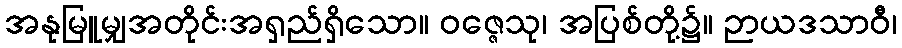
အနုမြူမျှအတိုင်းအရှည်ရှိသော။ ဝဇ္ဇေသု၊ အပြစ်တို့၌။ ဉာယဒသာဝီ၊